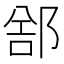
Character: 𲆕